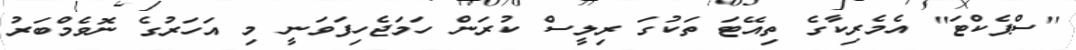
''ސްޕެކްޓަ'' އެމެރިކާގެ ތިއޭޓަ ތަކުގަ ރިލީސް ކުރަން ހަމަޖެހިފަވަނީ މި އަހަރުގެ ނޮވެމްބަރު